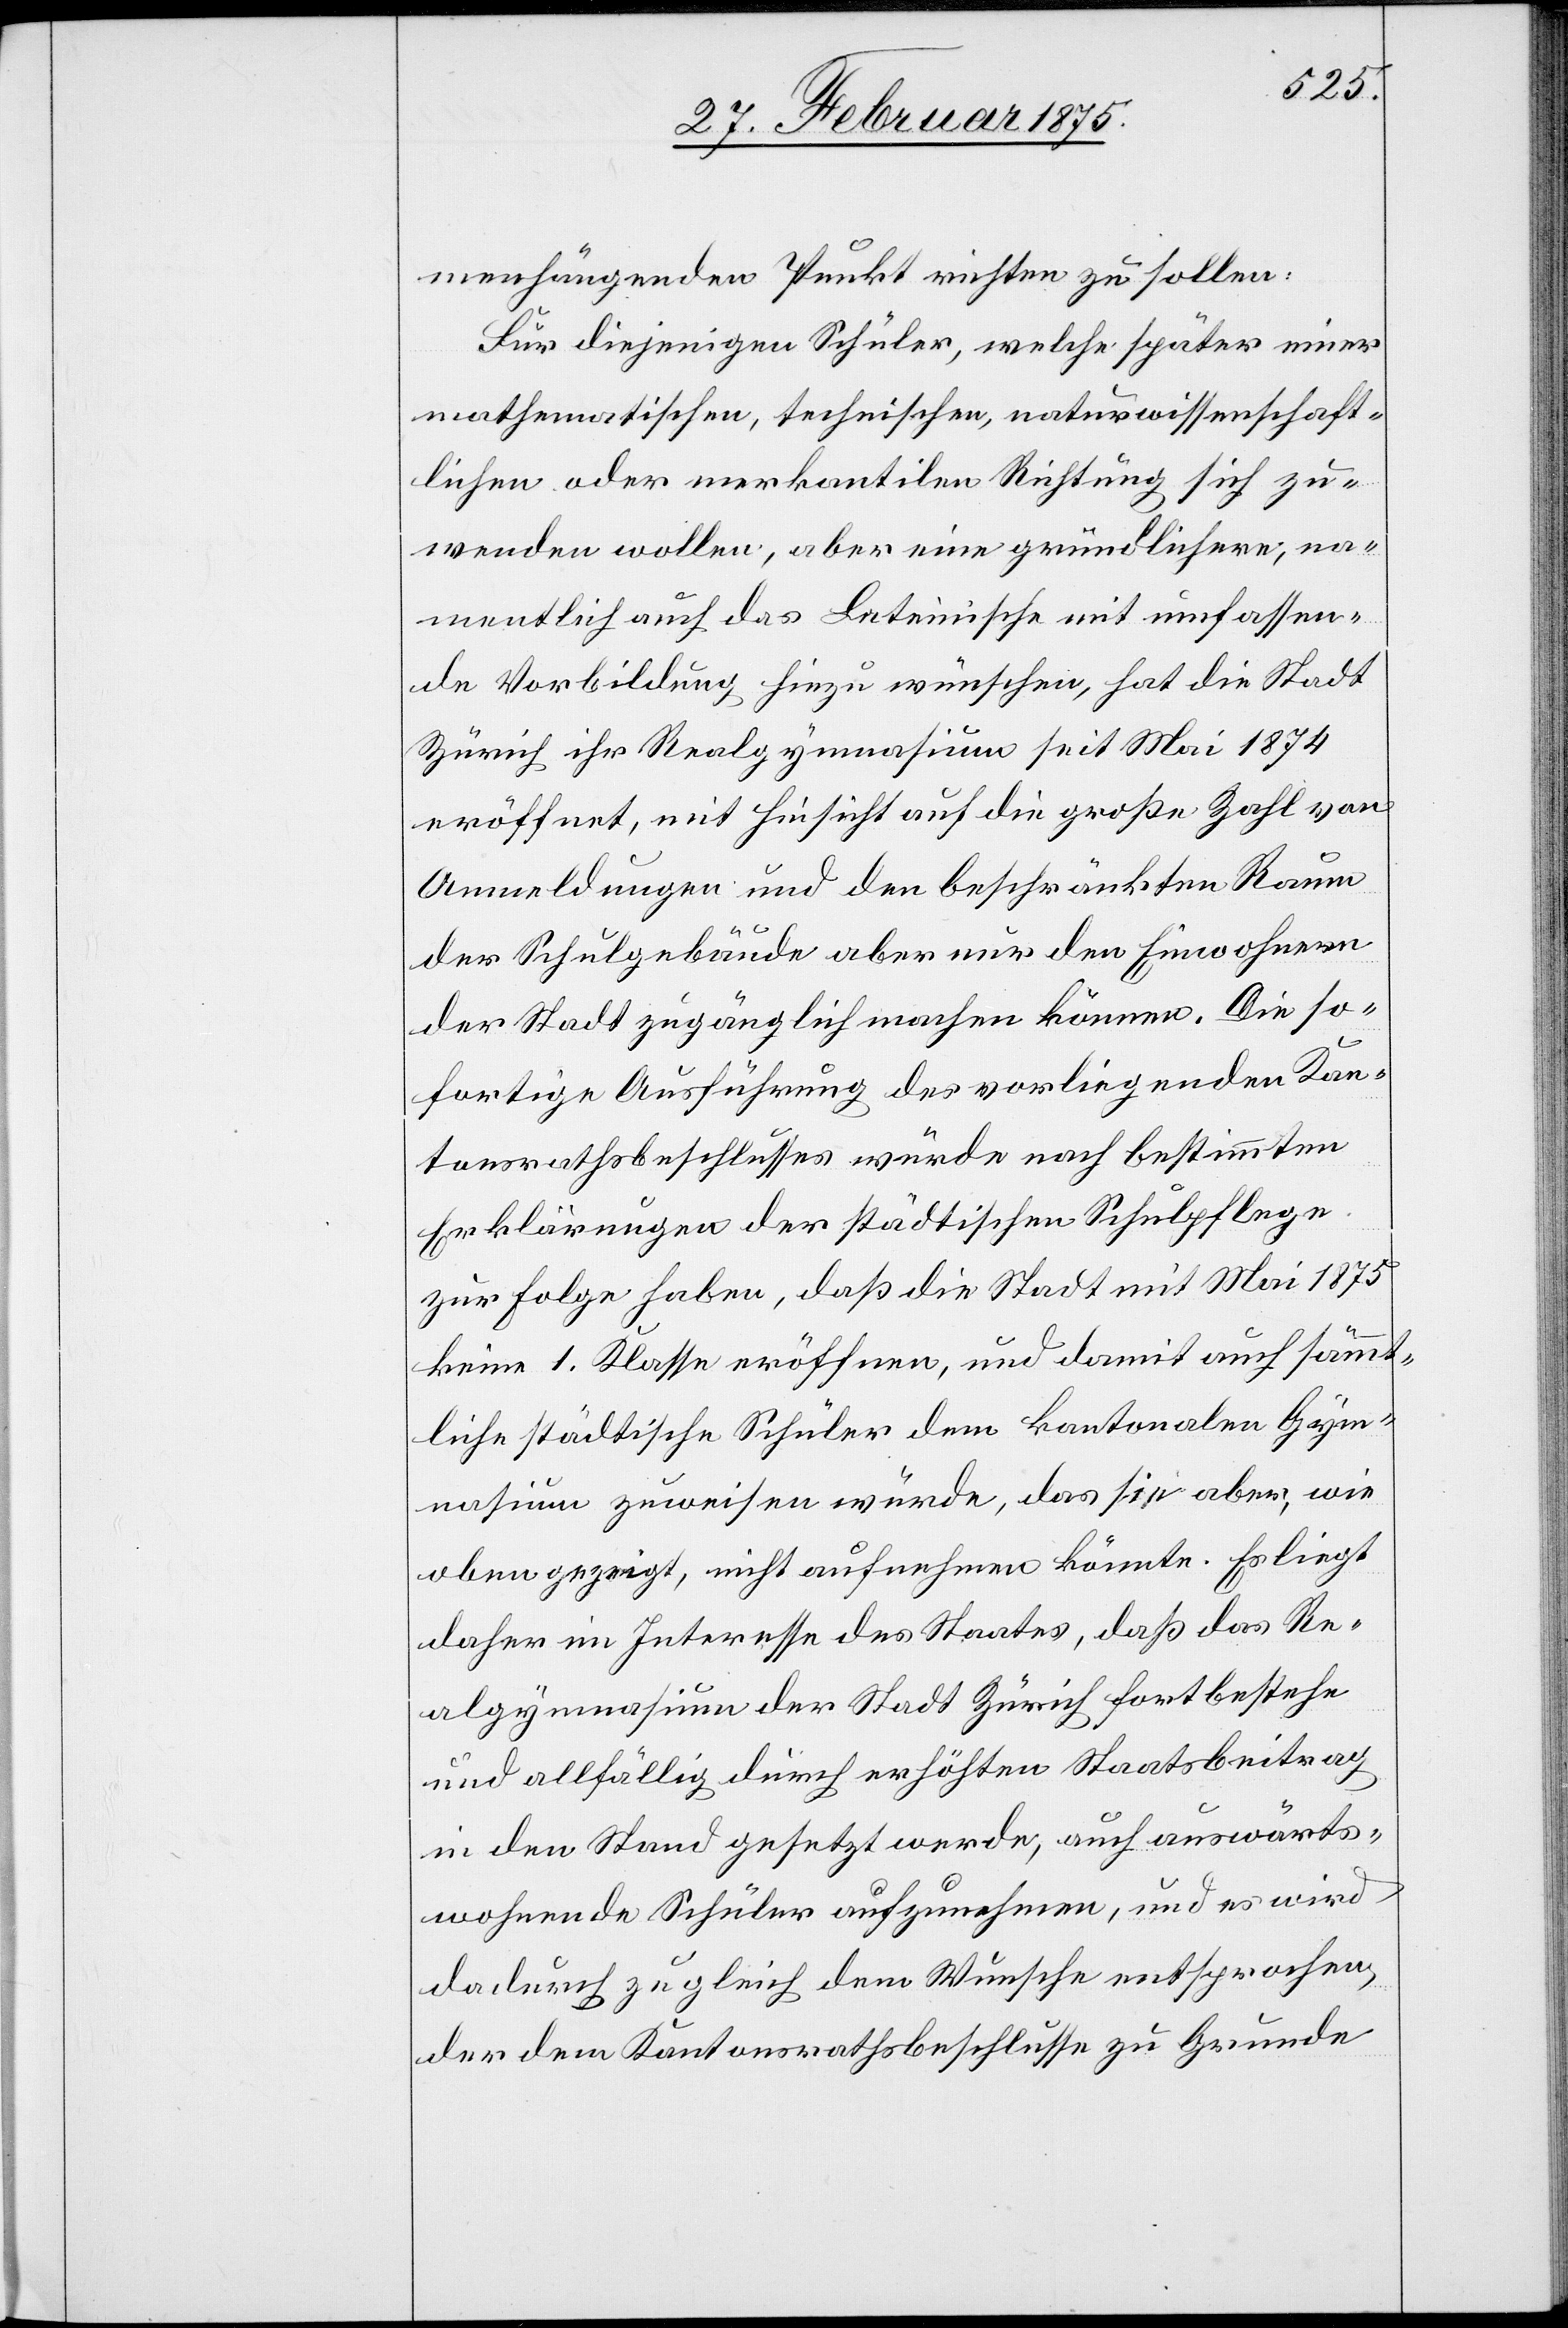
menhängenden Punkt richten zu sollen:
Für diejenigen Schüler, welche später einer
mathematischen, technischen, naturwissenschaft¬
lichen oder merkantilen Richtung sich zu¬
wenden wollen, aber eine gründlichere, na¬
mentlich auch das Lateinische mit umfassen¬
de Vorbildung hiezu wünschen, hat die Stadt
Zürich ihr Realgymnasium seit Mai 1874
eröffnet, mit Hinsicht auf die große Zahl von
Anmeldungen und den beschränkten Raum
der Schulgebäude aber nur den Einwohnern
der Stadt zugänglich machen können. Die so¬
fortige Ausführung des vorliegenden Kan¬
tonsrathsbeschlusses würde nach bestimmten
Erklärungen der städtischen Schulpflege
zur Folge haben, daß die Stadt mit Mai 1875
keine 1. Klasse eröffnen, und damit auch sämmt¬
liche städtische Schüler dem kantonalen Gym¬
nasium zuweisen würde, das sie aber, wie
oben gezeigt, nicht aufnehmen könnte. Es liegt
daher im Interesse des Staates, daß das Re¬
algymnasium der Stadt Zürich fortbestehe
und allfällig durch erhöhten Staatsbeitrag
in den Stand gesetzt werde, auch auswärts¬
wohnende Schüler aufzunehmen, und es wird
dadurch zugleich dem Wunsche entsprechen,
der dem Kantonsrathsbeschlusse zu Grunde